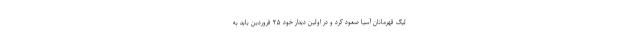
لیگ قهرمانان آسیا صعود کرد و در اولین دیدار خود ۲۵ فروردین باید به